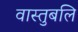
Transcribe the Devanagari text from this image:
वास्तुबलि